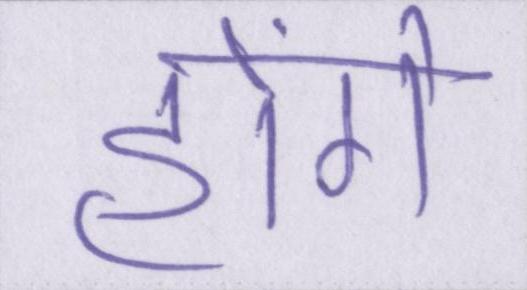
होंगे